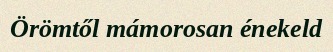
Örömtől mámorosan énekeld